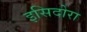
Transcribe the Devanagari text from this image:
इसिदोरा